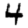
Digit: 4